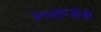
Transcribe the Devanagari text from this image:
प्रत्यक्षोपजीवी